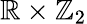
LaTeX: \mathbb{R}\times\mathbb{Z}_{2}